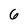
Character: 6